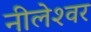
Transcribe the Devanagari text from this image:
नीलेश्‍वर